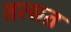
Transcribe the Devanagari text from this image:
तत्सत